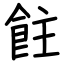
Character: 飳